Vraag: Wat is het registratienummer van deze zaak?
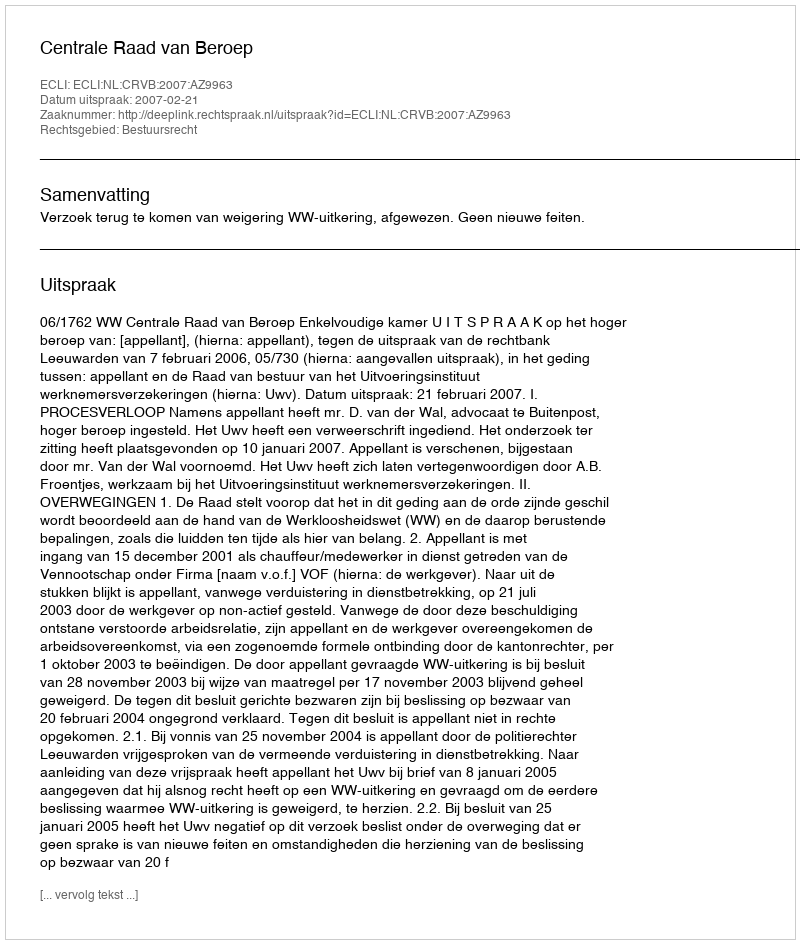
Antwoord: http://deeplink.rechtspraak.nl/uitspraak?id=ECLI:NL:CRVB:2007:AZ9963